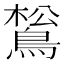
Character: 𪁿